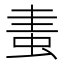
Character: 䖯